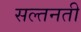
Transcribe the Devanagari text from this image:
सल्तनती